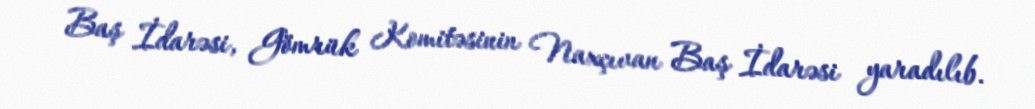
Baş İdarəsi, Gömrük Komitəsinin Naxçıvan Baş İdarəsi yaradılıb.